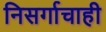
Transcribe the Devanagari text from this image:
निसर्गाचाही